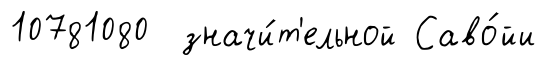
10781080 значи́т'ельной Саво́йи